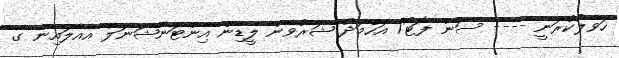
ހަވާލުކުރަނީ ---- ސަން ފޮޓޯ/ އަހްމަދު ޝަރުވާން ލީޑިން އިންޓަނޭޝަނަލް އެއާލައިން ގެ